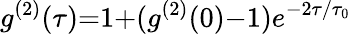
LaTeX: g^{(2)}(\tau){=}1{+}(g^{(2)}(0){-}1)e^{-2\tau/\tau_{0}}